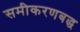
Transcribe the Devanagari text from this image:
समीकरणबद्ध